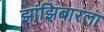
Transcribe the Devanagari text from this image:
झांझिबारला